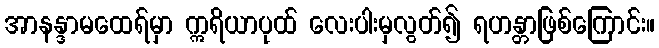
အာနန္ဒာမထေရ်မှာ ဣရိယာပုထ် လေးပါးမှလွတ်၍ ရဟန္တာဖြစ်ကြောင်း။